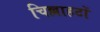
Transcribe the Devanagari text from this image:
चिल्लाहटों